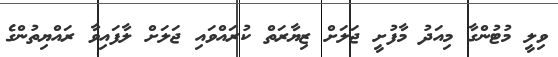
ވިލީ މުޓުންގާ މިއަދު މާފުށީ ޖަލަށް ޒިޔާރަތް ކުރައްވައި ޖަލަށް ލާފައިވާ ރައްޔިތުންގެ